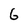
Character: 6